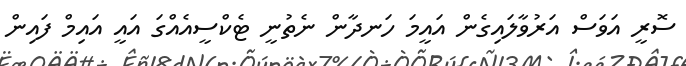
ސޮރީ އަވަސް އަރުވާލައިގެން އައީމަ ހަނދާން ނެތުނީ ޓެކްސީއެއްގަ އައީ އައިމް ފައިން